Scottish Certificate of Education, 1962
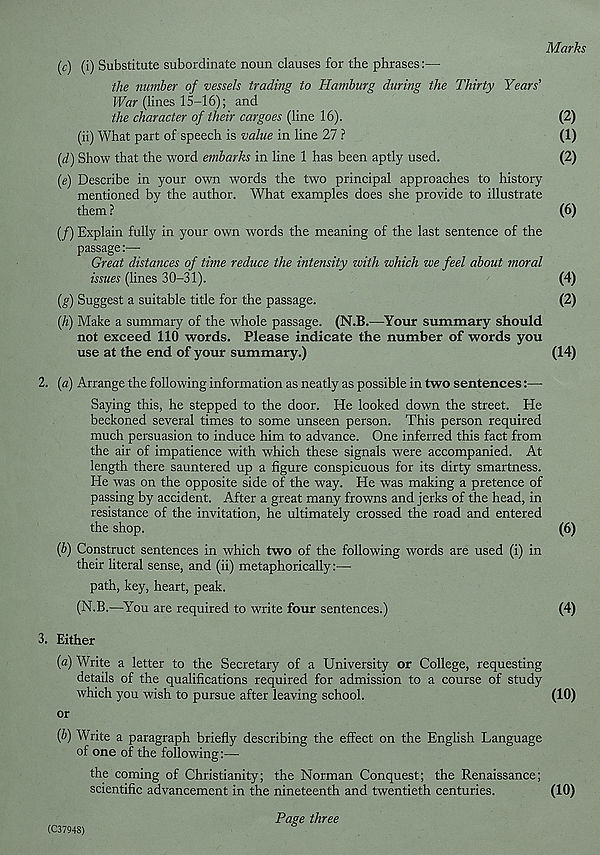
Marks
(c) (i) Substitute subordinate noun clauses for the phrases:—
the number of vessels trading to Hamburg during the Thirty Years’
War (lines 15-16); and
the character of their cargoes (line 16).
(2)
(ii) What part of speech is value in line 27 ?
(1)
(d) Show that the word embarks in line 1 has been aptly used.
(2)
(e) Describe in your own words the two principal approaches to history
mentioned by the author. What examples does she provide to illustrate
them ?
(6)
(/) Explain fully in your own words the meaning of the last sentence of the
passage:—■
Great distances of time reduce the intensity with which we feel about moral
issues (lines 30-31).
(4)
(g) Suggest a suitable title for the passage.
(2)
(h) Make a summary of the whole passage. (N.B.—Your summary should
not exceed 110 words. Please indicate the number of words you
use at the end of your summary.)
(14)
2. (a) Arrange the following information as neatly as possible in two sentences:—-
Saying this, he stepped to the door. He looked down the street. He
beckoned several times to some unseen person. This person required
much persuasion to induce him to advance. One inferred this fact from
the air of impatience with which these signals were accompanied. At
length there sauntered up a figure conspicuous for its dirty smartness.
He was on the opposite side of the way. He was making a pretence of
passing by accident. After a great many frowns and jerks of the head, in
resistance of the invitation, he ultimately crossed the road and entered
the shop.
(6)
(b) Construct sentences in which two of the following words are used (i) in
their literal sense, and (ii) metaphorically:—
path, key, heart, peak.
(N.B.—You are required to write four sentences.)
(4)
3. Either
(a) Write a letter to the Secretary of a University or College, requesting
details of the qualifications required for admission to a course of study
which you wish to pursue after leaving school.
(10)
or
(b) Write a paragraph briefly describing the effect on the English Language
of one of the following:—
the coming of Christianity; the Norman Conquest; the Renaissance;
scientific advancement in the nineteenth and twentieth centuries.
(10)
Page three
(C3794S)